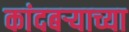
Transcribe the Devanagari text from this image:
कांदबऱ्याच्या